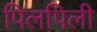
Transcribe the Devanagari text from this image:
पिलपिली